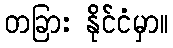
တခြား နိုင်ငံမှာ။